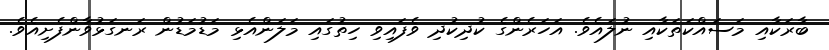
ބާރަކާއި މަސައްކަތަކާއި ނުލައެވެ. އަހަރެންގެ ކުދިކުދި ވެފައިވި ހިތުގައި މަލަންއެޅި މަޑުމަޑުން ރަނގަޅުވާންފެށިއެވެ.